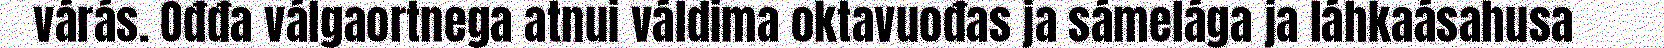
várás. Ođđa válgaortnega atnui váldima oktavuođas ja sámelága ja láhkaásahusa